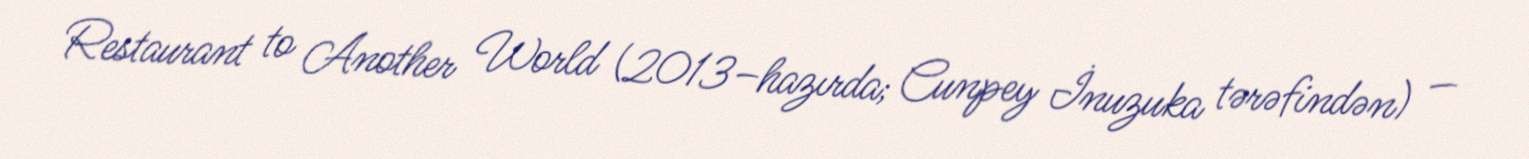
Restaurant to Another World (2013–hazırda; Cunpey İnuzuka tərəfindən) —